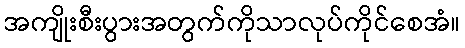
အကျိုးစီးပွားအတွက်ကိုသာလုပ်ကိုင်စေအံ။